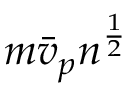
m \bar { v } _ { p } n ^ { \frac { 1 } { 2 } }